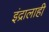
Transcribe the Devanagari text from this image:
इंद्रालाही